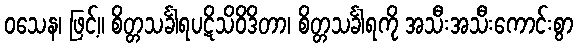
ဝသေန၊ ဖြင့်။ စိတ္တသင်္ခါရပဋိသိဝိဒိတာ၊ စိတ္တသင်္ခါရကို အသီးအသီးကောင်းစွာ